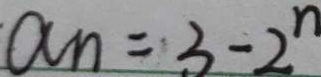
a n = 3 - 2 ^ { n }